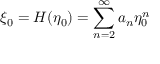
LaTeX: \xi _ { 0 } = H ( \eta _ { 0 } ) = \sum _ { n = 2 } ^ { \infty } a _ { n } \eta _ { 0 } ^ { n }